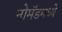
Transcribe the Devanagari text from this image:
नोमॅडमध्ये